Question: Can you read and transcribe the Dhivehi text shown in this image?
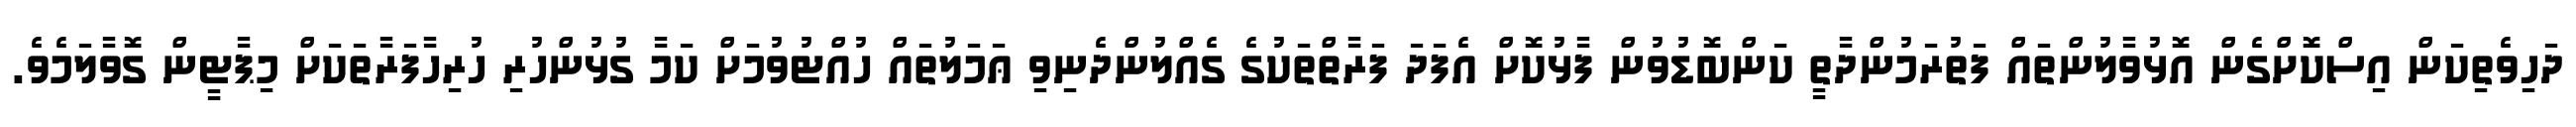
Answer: ދަހިވެތިކަން އިސްކޮށްގެން އޮޅުވާލުންތައް ފަތުރަމުންދާތީ ކަންބޮޑުވުން ފާޅުކޮށް އެފަދަ ފަރާތްތަކުގެ ގެއްލުންދެނިވި ޢަމަލުތައް ހުއްޓުވުމަށް ކަމާ ގުޅުންހުރި ހުރިހާފަރާތަކަށް މިޕާޓީން ގޮވާލަމެވެ.